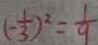
( - \frac { 1 } { 3 } ) ^ { 2 } = \frac { 1 } { 9 }